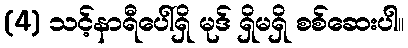
(4) သင့်နာရီပေါ်ရှိ မုဒ် ရှိမရှိ စစ်ဆေးပါ။